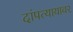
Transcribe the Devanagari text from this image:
दांपत्यायावर